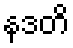
နဒတိ